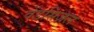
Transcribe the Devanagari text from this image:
वेंडसिज़ल